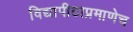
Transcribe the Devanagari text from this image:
विद्यापीठाप्रमाणेच